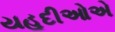
યહૂદીઓએ